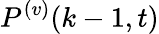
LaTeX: P^{(v)}(k-1,t)